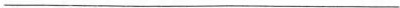
___